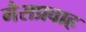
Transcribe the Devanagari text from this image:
गैसप्रवाह